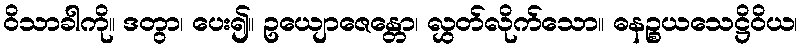
ဝိသာခါကို။ ဒတွာ၊ ပေး၍။ ဥယျောဇေန္တော၊ လွှတ်လိုက်သော။ ဓနဉ္စယသေဋ္ဌိဝိယ၊